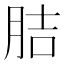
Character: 𦛋